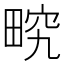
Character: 𤲏